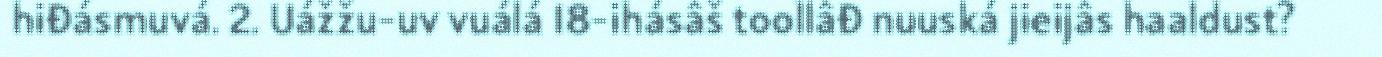
hiđásmuvá. 2. Uážžu-uv vuálá 18-ihásâš toollâđ nuuská jieijâs haaldust?